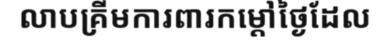
លាបគ្រីមការពារកម្តៅថ្ងៃដែល